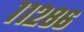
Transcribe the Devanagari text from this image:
११२८६